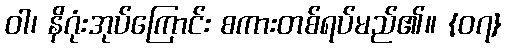
ဝါ၊ နိဂုံးအုပ်ကြောင်း စကားတစ်ရပ်မည်၏။ {၀၇}